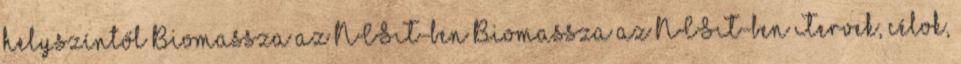
helyszíntől Biomassza az NCST-ben Biomassza az NCST-ben Tervek, célok,